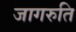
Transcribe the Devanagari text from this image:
जागरुति